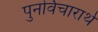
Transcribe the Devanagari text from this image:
पुनर्विचारार्थ